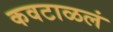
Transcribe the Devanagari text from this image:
कवटाळलं